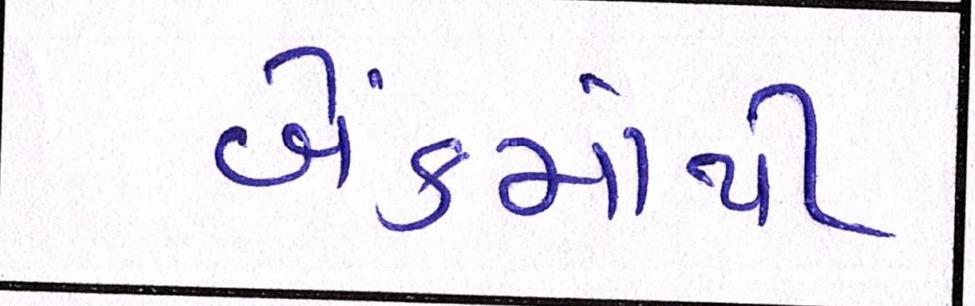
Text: બેંકમાંથી